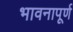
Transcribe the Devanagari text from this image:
भावनापूर्ण